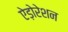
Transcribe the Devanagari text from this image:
ऐड़ोरेशन